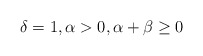
\begin{align*}\delta=1, \alpha>0,\alpha+\beta\geq 0\end{align*}